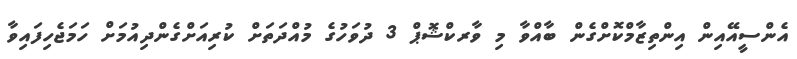
އެންސީއޭއިން އިންތިޒާމްކޮށްގެން ބާއްވާ މި ވާރކްޝޮޕް 3 ދުވަހުގެ މުއްދަތަށް ކުރިއަށްގެންދިއުމަށް ހަމަޖެހިފައިވާ